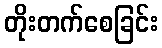
တိုးတက်စေခြင်း